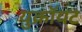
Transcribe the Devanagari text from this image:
युक्रॉयट